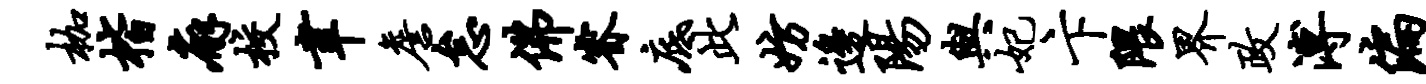
枷楷廨校聿詹怠佛睿底此妨边阳与妃卞隈界政溥偏